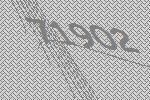
71902